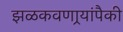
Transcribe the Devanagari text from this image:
झळकवणार्‍यांपैकी